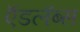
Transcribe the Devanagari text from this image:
ऍडलॅब्स